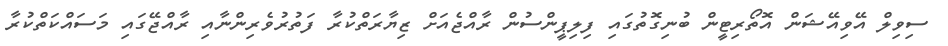
ސިވިލް އޭވިއޭޝަން އޮތޯރިޓީން ބުނިގޮތުގައި ފިލިޕީންސުން ރާއްޖެއަށް ޒިޔާރަތްކުރާ ފަތުރުވެރިންނާއި ރާއްޖޭގައި މަސައްކަތްކުރާ